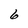
Character: 6